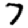
Digit: 7